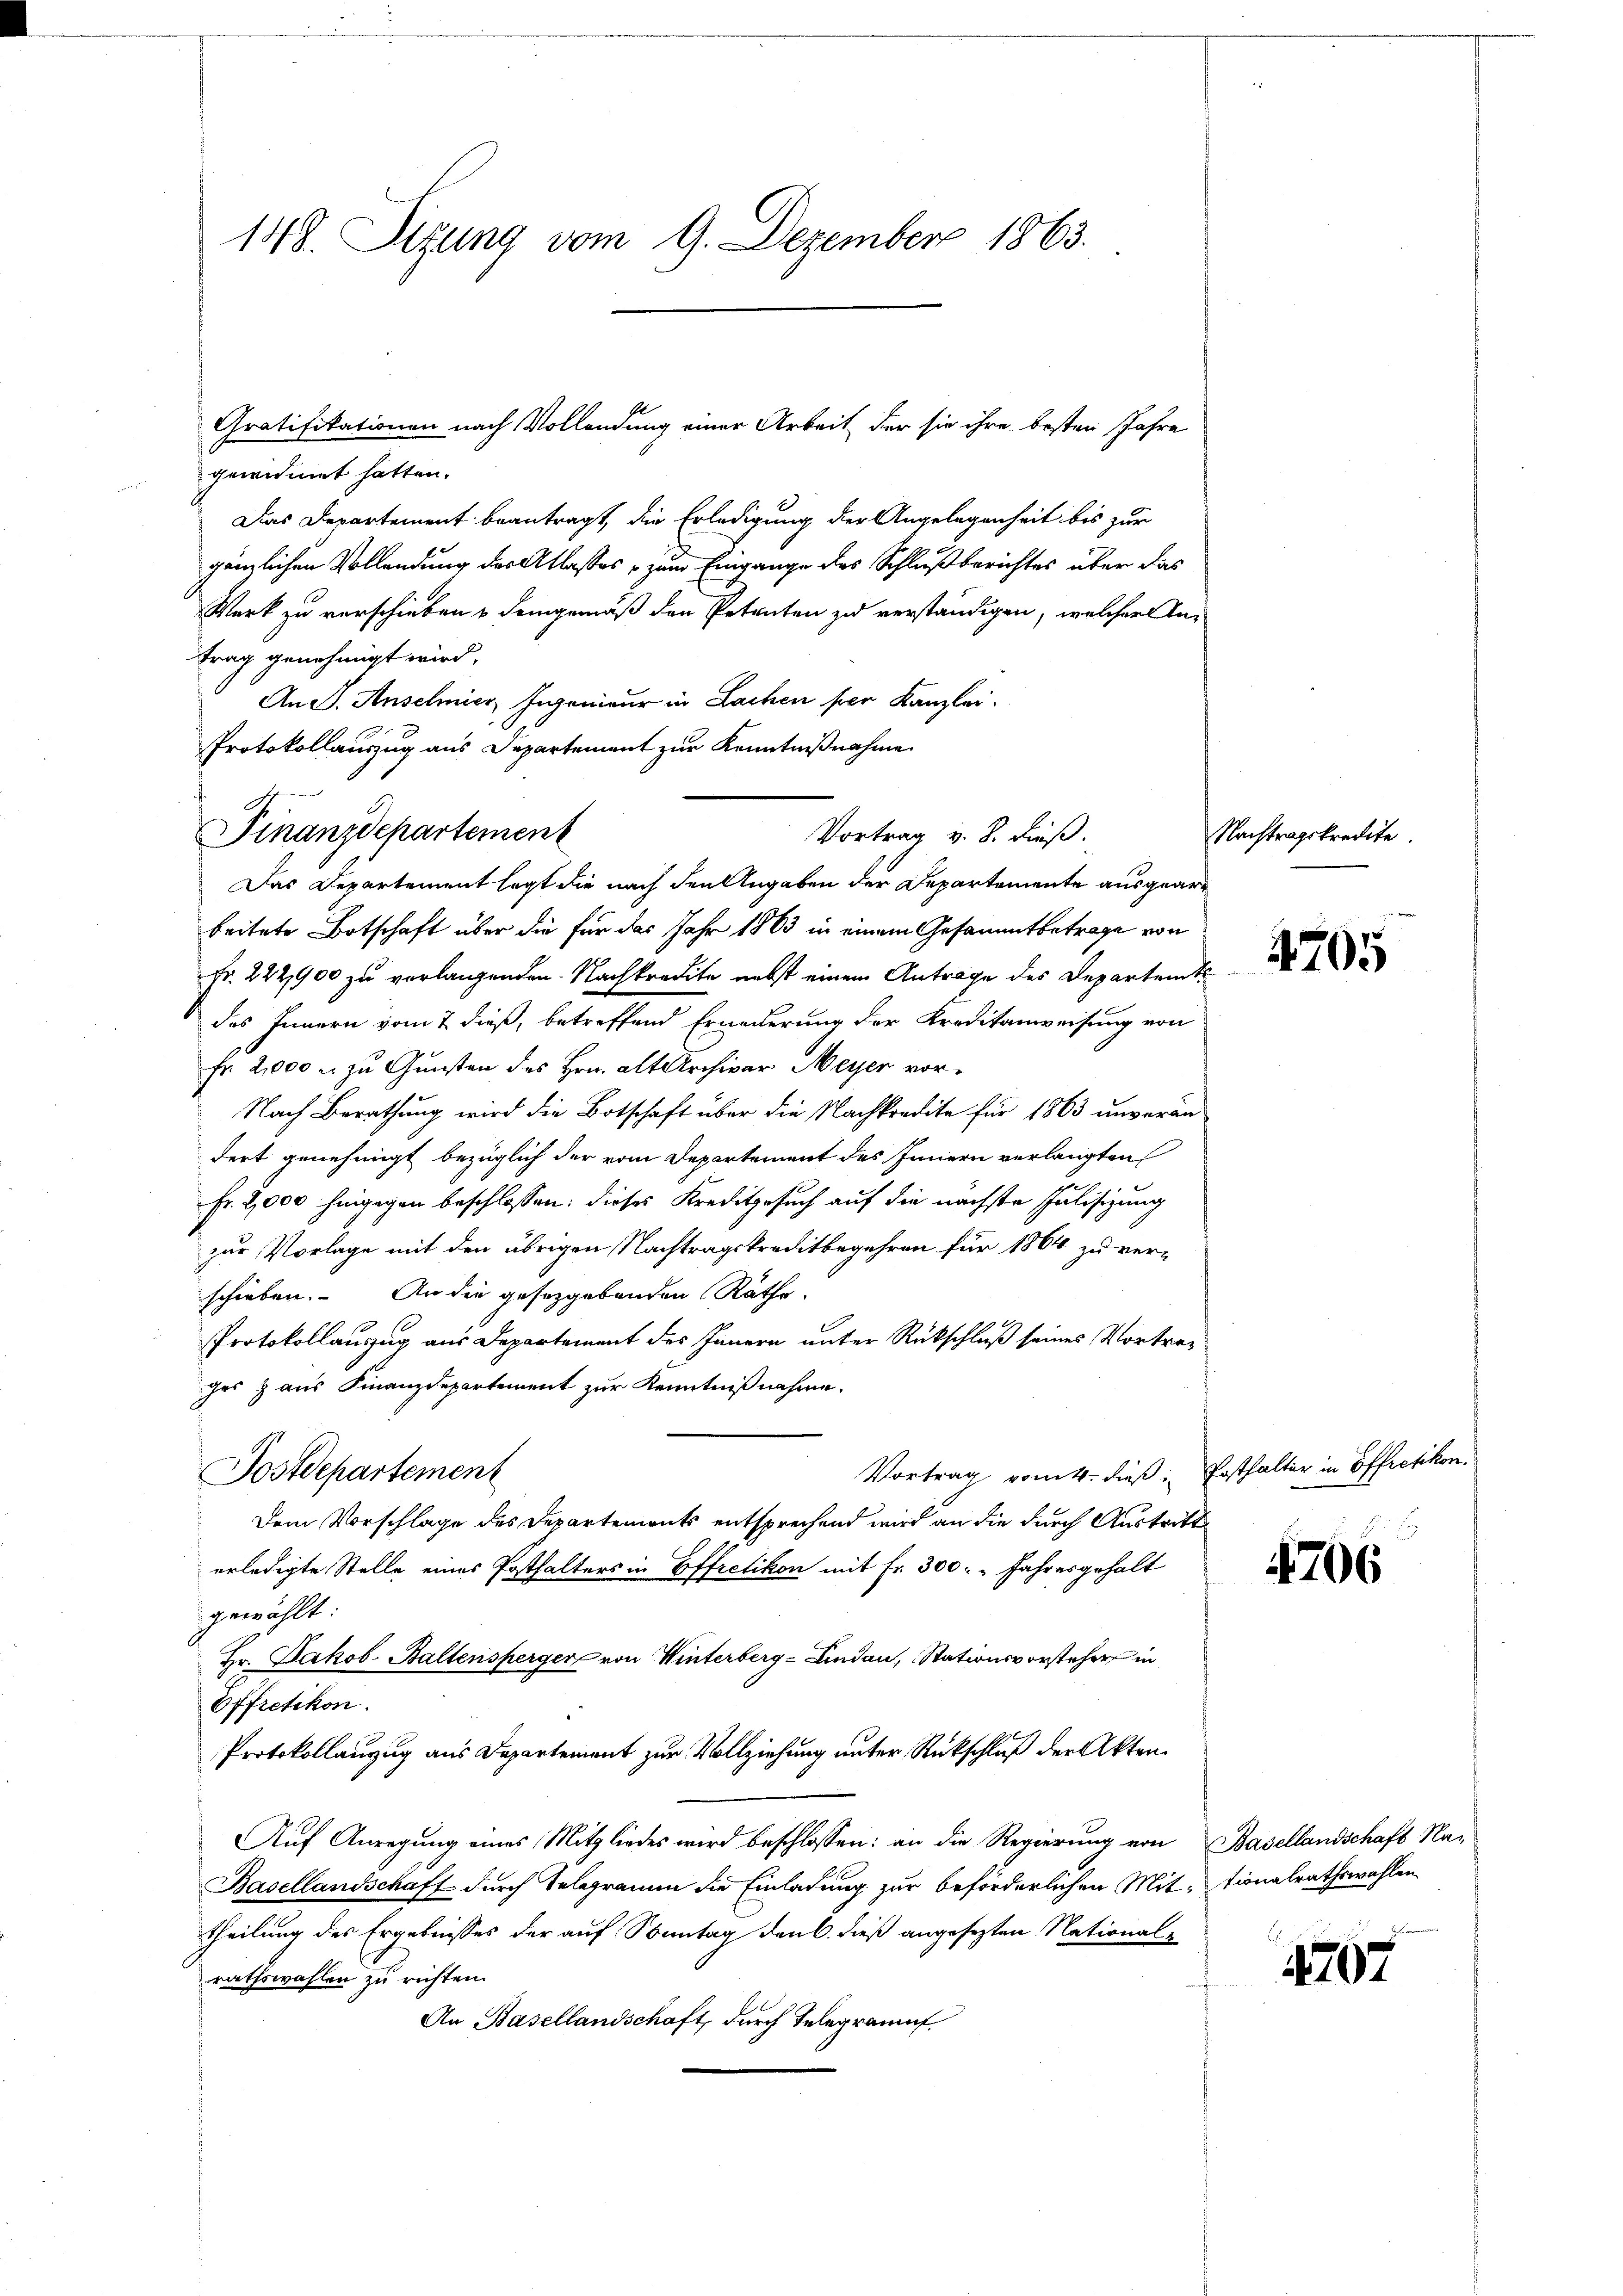
148. Sitzung vom 9. Dezember 1863.

Gratifikationen nach Vollendung einer Arbeit, der sie ihre besten Jahre
gewidmet hatten.
Das Departement beantragt, die Erledigung der Angelegenheit bis zur
gänzlichen Vollendung der Atlasses, zum Eingange des Schlußberichtes über das
Werk zu verschieben & demgemäß den Petenten zu verständigen, welcher An-
trag genehmigt wird.
And. Anselmier, Ingenieur in Lachen per Kanzlei-
Protokollauszug aus Departement zur Kenntnißnahme
beitete Botschaft über die für das Jahr 1863 in einem Gesammtbetrage von
Fr. 222900 zu verlangenden Nachkredite nebst einem Antrage des Departemt
des Innern vom 7 dieß, betreffend Erneuerung der Kreditanweisung von
Fr. 2,000 u. zu Gunsten des Hrn. alt Archivar Meyer vor¬
Nach Berathung wird die Botschaft über die Nachkredite für 1863 unverändert genehmigt bezüglich der vom Departement des Innern verlangten
Fr. 2,000 hingegen beschlossen: dieses Kreditgesuch auf die nächste Julisizung
zur Vorlage mit den übrigen Nachtragskreditbegehren für 1864 zu ver-
schieben. An die gesetzgebenden Räthe.
Protokollauszug aus Departement des Innern unter Rückschluß seines Vortreges & aus Finanzdepartement zur Kenntnißnahme.
Vortrag vom 4. dieß: Posthalter in Effretikon.
Postdepartement
Dem Vorschlage des Departements entsprechend wird an die durch Austritte
erledigte Stelle eines Posthalters in Effretikon mit Fr. 300. " Jahresgehalt
gewählt:
Hr. Jakob. Baltensperger von Winterberg-Lindau, Stationsvorsteher in
Offretikon.
Protokollanzug aus Departement zur Vollziehung unter Rückschluß der Akten.
Auf Anregung eines Mitgliedes wird beschlossen: an die Regierung von Basellandschaft Na-
Basellandschaft durch Telegramm die Einladung zur beförderlichen Mit-tionalrathswahlen
theilung des Ergebnisses der auf Sonntag den C. dieß angesezten National-
rathswahlen zu richten.
An Basellandschaft, durch Telegrammt

4
Finanzdepartement

Vortrag v. 8. dieß.
Das Departement legt die nach den Angaben der Departemente ausgear¬

Nachtragskredite.

4705

4706

1707